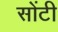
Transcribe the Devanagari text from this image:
सोंटी